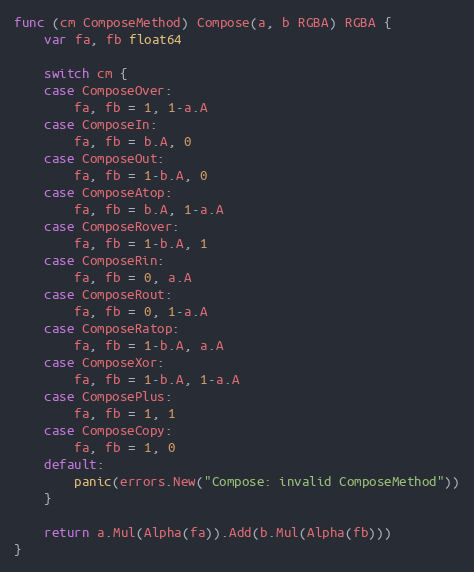
Language: Go
func (cm ComposeMethod) Compose(a, b RGBA) RGBA {
	var fa, fb float64

	switch cm {
	case ComposeOver:
		fa, fb = 1, 1-a.A
	case ComposeIn:
		fa, fb = b.A, 0
	case ComposeOut:
		fa, fb = 1-b.A, 0
	case ComposeAtop:
		fa, fb = b.A, 1-a.A
	case ComposeRover:
		fa, fb = 1-b.A, 1
	case ComposeRin:
		fa, fb = 0, a.A
	case ComposeRout:
		fa, fb = 0, 1-a.A
	case ComposeRatop:
		fa, fb = 1-b.A, a.A
	case ComposeXor:
		fa, fb = 1-b.A, 1-a.A
	case ComposePlus:
		fa, fb = 1, 1
	case ComposeCopy:
		fa, fb = 1, 0
	default:
		panic(errors.New("Compose: invalid ComposeMethod"))
	}

	return a.Mul(Alpha(fa)).Add(b.Mul(Alpha(fb)))
}